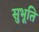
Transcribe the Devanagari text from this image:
सुभूति